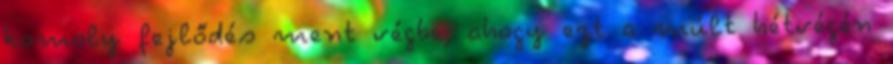
komoly fejlődés ment végbe, ahogy ezt a múlt hétvégén